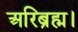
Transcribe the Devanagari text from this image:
अरिब्रह्म।